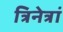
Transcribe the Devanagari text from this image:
त्रिनेत्रां